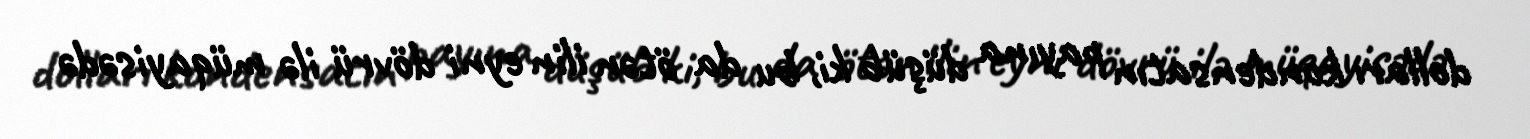
dolları kondensatın payına düşüb ki, bu da ötən ilin eyni dövrü ilə müqayisədə